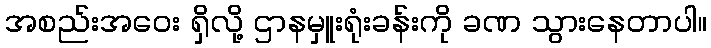
အစည်းအဝေး ရှိလို့ ဌာနမှူးရုံးခန်းကို ခဏ သွားနေတာပါ။